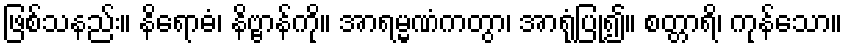
ဖြစ်သနည်း။ နိရောဓံ၊ နိဗ္ဗာန်ကို။ အာရမ္မဏံကတွာ၊ အာရုံပြု၍။ စတ္တာရိ၊ ကုန်သော။